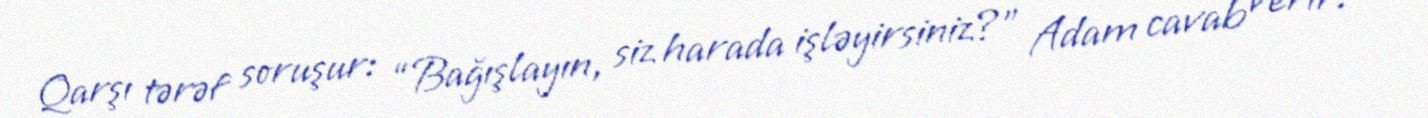
Qarşı tərəf soruşur: “Bağışlayın, siz harada işləyirsiniz?” Adam cavab verir: